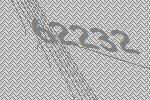
62232